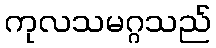
ကုလသမဂ္ဂသည်